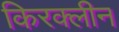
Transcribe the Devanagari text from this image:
किरक्लीन